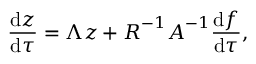
\frac { \mathrm { d } \boldsymbol { z } } { \mathrm { d } \tau } = \boldsymbol { \Lambda } \boldsymbol { z } + \boldsymbol { R } ^ { - 1 } \boldsymbol { A } ^ { - 1 } \frac { \mathrm { d } \boldsymbol { f } } { \mathrm { d } \tau } ,